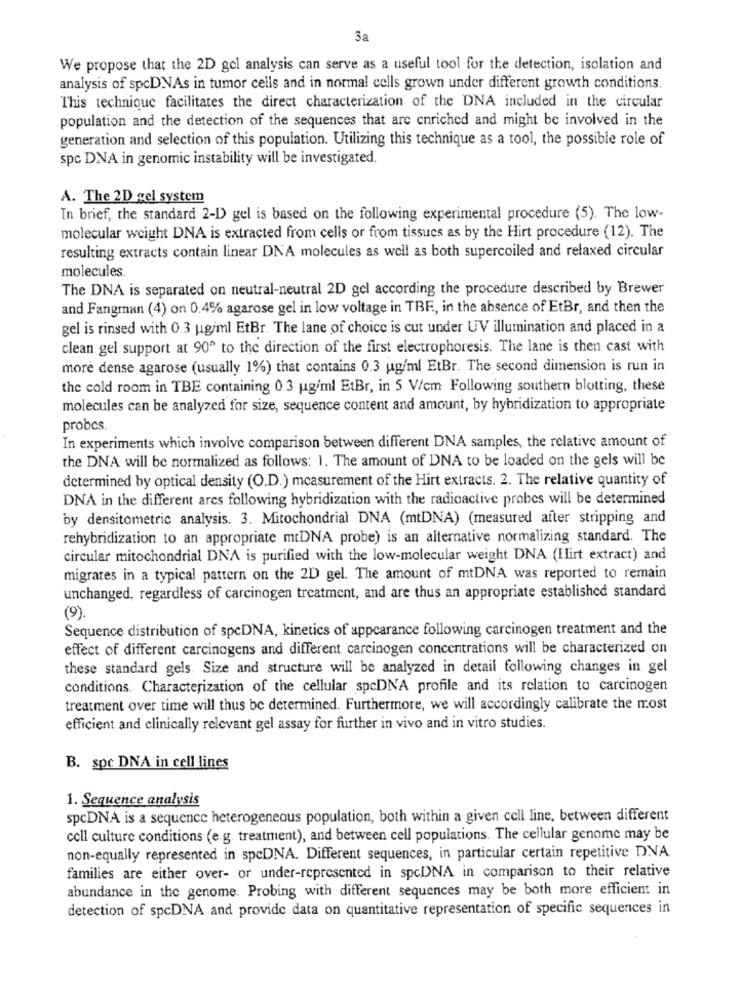
3a
We propose that the 2D gel analysis can serve as a useful tool for the detection, isolation and
analysis of spcDNAs in tumor cells and in normal cells grown under different growth conditions.
This technique facilitates the direct characterization of the DNA included in the circular
population and the detection of the sequences that are enriched and might be involved in the
generation and selection of this population. Utilizing this technique as a tool, the possible role of
spc DNA in genomic instability will be investigated.
A. The 2D gel system
In brief, the standard 2-1) gel is based on the following experimental procedure (5). The low-
molecular weight DNA is extracted from cells or from tissues as by the Hirt procedure (12). The
resulting extracts contain linear DNA molecules as well as both supercoiled and relaxed circular
molecules.
The DNA is separated on neutral-neutral 2D gel according the procedure described by Brewer
and Fangman (4) on 0.4% agarose gel in low voltage in TBF, in the absence of EtBr, and then the
gel is rinsed with 0.3 ugiml EtBr. The lane of choice is cut under UV illumination and placed in a
clean gel support at 90º to the direction of the first electrophoresis. The lane is then cast with
more dense agarose (usually 1%) that contains 0.3 ug/ml EtBr. The second dimension is run in
the cold room in TBE containing 0.3 ugiml EtBr, in 5 V/cm Following southern blotting, these
molecules can be analyzed for size, sequence content and amount, by hybridization to appropriate
probes
In experiments which involve comparison between different DNA samples, the relative amount of
the DNA will be normalized as follows: 1. The amount of DNA to be loaded on the gels will be
determined by optical density (O.D.) measurement of the Hirt extracts. 2. The relative quantity of
DNA in the different ares following hybridization with the radioactive probes will be determined
by densitometric analysis. 3. Mitochondrial DNA (mtDNA) (measured after stripping and
rehybridization to an appropriate mtDNA probe) is an alternative normalizing standard. The
circular mitochondrial DNA is purified with the low-molecular weight DNA (Ilirt extract) and
migrates in a typical pattern on the 2D gel. The amount of mtDNA was reported to remain
unchanged, regardless of carcinogen treatment, and are thus an appropriate established standard
(9).
Sequence distribution of spcDNA, kinetics of appearance following carcinogen treatment and the
effect of different carcinogens and different carcinogen concentrations will be characterized on
these standard gels. Size and structure will be analyzed in detail following changes in gel
conditions. Characterization of the cellular spcDNA profile and its relation to carcinogen
treatment over time will thus be determined. Furthermore, we will accordingly calibrate the most
efficient and clinically relevant gel assay for further in vivo and in vitro studies.
B. spc DNA in cell lines
1. Sequence analysis
spcDNA is a sequence heterogeneous population, both within a given cell line, between different
cell culture conditions (e.g. treatment), and between cell populations. The cellular genome may be
non-equally represented in spcDNA. Different sequences, in particular certain repetitive DNA
families are either over- or under-represented in spcDNA in comparison to their relative
abundance in the genome. Probing with different sequences may be both more efficient in
detection of spcDNA and provide data on quantitative representation of specific sequences in